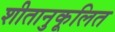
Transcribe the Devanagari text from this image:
शीतानुकूलित